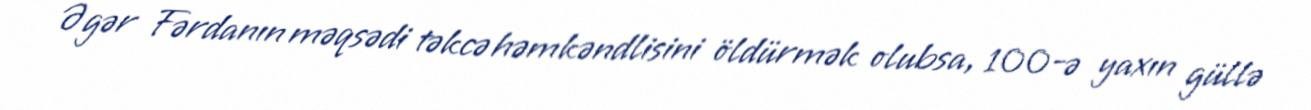
Əgər Fərdanın məqsədi təkcə həmkəndlisini öldürmək olubsa, 100-ə yaxın güllə